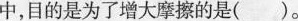
中，目的是为了增大摩擦的是()。